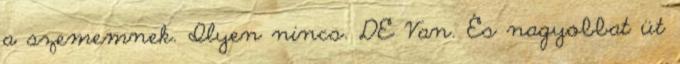
a szememnek. Ilyen nincs. DE Van. És nagyobbat üt